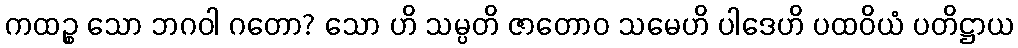
ကထဉ္စ သော ဘဂဝါ ဂတော? သော ဟိ သမ္ပတိ ဇာတောဝ သမေဟိ ပါဒေဟိ ပထဝိယံ ပတိဋ္ဌာယ